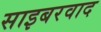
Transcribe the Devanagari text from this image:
साइबरवाद